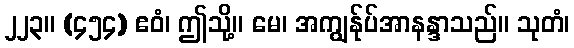
၂၂၃။ (၄၅၄) ဧဝံ၊ ဤသို့။ မေ၊ အကျွန်ုပ်အာနန္ဒာသည်။ သုတံ၊